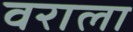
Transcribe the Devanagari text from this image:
वराला